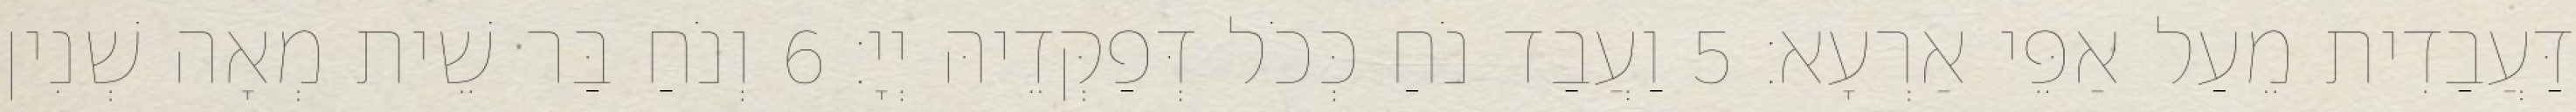
דַּעֲבַדִית מֵעַל אַפֵּי אַרְעָא׃ 5 וַעֲבַד נֹחַ כְּכֹל דְּפַקְּדֵיהּ יְיָ׃ 6 וְנֹחַ בַּר שֵׁית מְאָה שְׁנִין